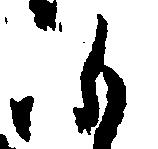
ふ